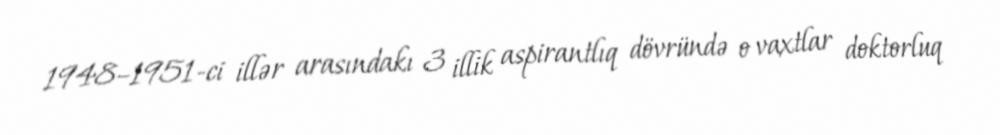
1948–1951-ci illər arasındakı 3 illik aspirantlıq dövründə o vaxtlar doktorluq